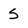
Character: s